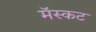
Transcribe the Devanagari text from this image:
मॅस्कट